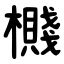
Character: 㰄